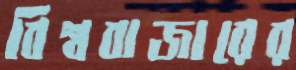
বিশ্ববাজারের